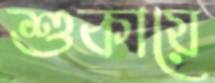
শুকায়ে